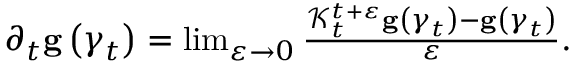
\begin{array} { r } { \partial _ { t } \mathbf { g } \left( \gamma _ { t } \right) = \operatorname* { l i m } _ { \varepsilon \rightarrow 0 } \frac { \mathcal { K } _ { t } ^ { t + \varepsilon } \mathbf { g } \left( \gamma _ { t } \right) - \mathbf { g } \left( \gamma _ { t } \right) } { \varepsilon } . } \end{array}